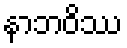
နာဘဝိဿ